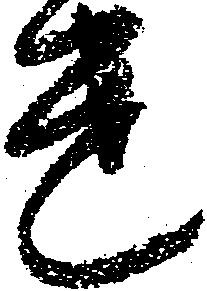
遣